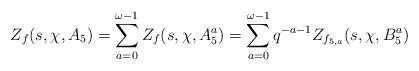
LaTeX: \begin{align*}&Z_f(s, \chi, A_5)=\sum_{a=0}^{\omega-1}{Z_f(s, \chi, A_5^a)}=\sum_{a=0}^{\omega-1}q^{-a-1}Z_{f_{5, a}}(s, \chi, B_5^a)\end{align*}